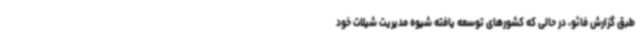
طبق گزارش فائو، در حالی که کشورهای توسعه یافته شیوه مدیریت شیلات خود